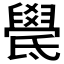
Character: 𣱓